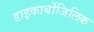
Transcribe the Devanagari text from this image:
डाइकार्बोजिलिक